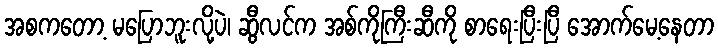
အစကတော့ မပြောဘူးလို့ပဲ၊ ဆွီလင်က အစ်ကိုကြီးဆီကို စာရေးပြီးပြီ အောက်မေ့နေတာ